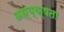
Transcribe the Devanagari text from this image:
अध्य्क्षता